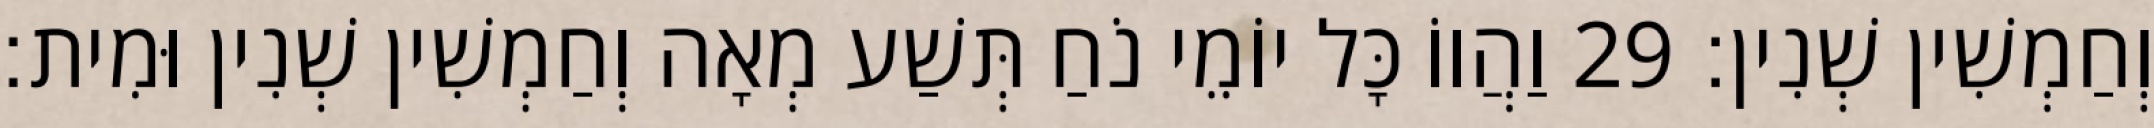
וְחַמְשִׁין שְׁנִין׃ 29 וַהֲווֹ כָּל יוֹמֵי נֹחַ תְּשַׁע מְאָה וְחַמְשִׁין שְׁנִין וּמִית׃